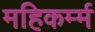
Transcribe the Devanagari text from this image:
महिकर्म्म